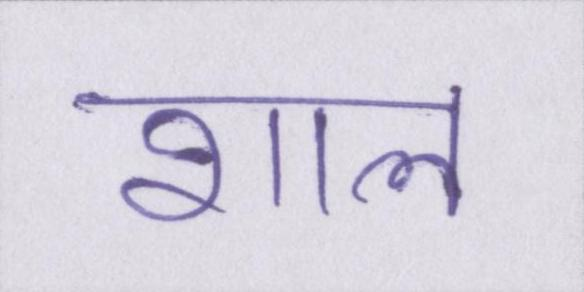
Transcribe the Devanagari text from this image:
शाल